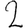
Digit: 2